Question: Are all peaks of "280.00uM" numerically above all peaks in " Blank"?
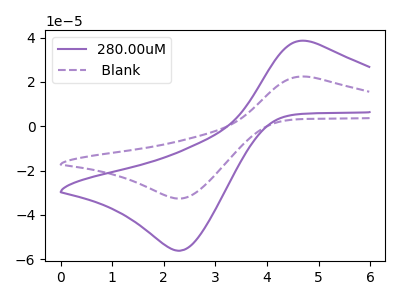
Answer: <think>The purple curve "280.00uM" has an anodic peak at (4.80V, 38.40uA) and a cathodic peak at (2.30V, -56.15uA). The purple dashed curve " Blank" has an anodic peak at (4.80V, 22.30uA) and a cathodic peak at (2.30V, -32.65uA).</think>
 <answer>Every peak in "280.00uM" is higher than every peak in " Blank".</answer>
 <eval>higher</eval>